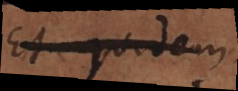
Et quidem